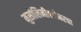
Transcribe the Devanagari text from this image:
मुसोलिनीबरोबरचा